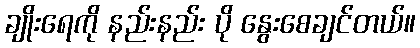
ချိုးရေကို နည်းနည်း ပို နွေးစေချင်တယ်။